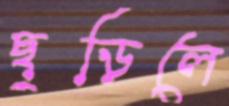
ছুড়িলে